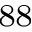
^ { 8 8 }